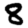
Digit: 8